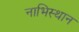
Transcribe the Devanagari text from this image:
नाभिस्थान